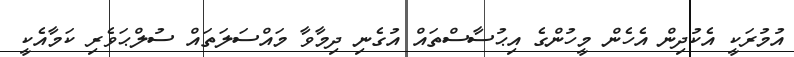
އުމުރަކީ އެކުދިން އެހެން މީހުންގެ އިޙުސާސްތައް އުގެނި ދިމާވާ މައްސަލަތައް ސުލްޙަވެރި ކަމާއެކީ